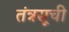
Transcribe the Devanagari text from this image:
तंत्रसूची